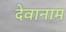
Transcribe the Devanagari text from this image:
देवानाम